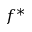
f ^ { * }